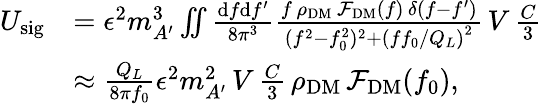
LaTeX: \begin{array}{rl}{U_{\mathrm{sig}}}&{=\epsilon^{2}m_{A^{\prime}}^{3}\iint\frac{\mathrm{d}f\mathrm{d}f^{\prime}}{8\pi^{3}}\frac{f\, \rho_{\mathrm{DM}}\, \mathcal{F}_{\mathrm{DM}}\left(f\right)\, \delta(f-f^{\prime})}{(f^{2}-f_{0}^{2})^{2}+\left(ff_{0}/Q_{L}\right)^{2}}\, V\, \frac{C}{3}}\\ &{\approx\frac{Q_{L}}{8\pi f_{0}}\epsilon^{2}m_{A^{\prime}}^{2}\, V\, \frac{C}{3}\, \rho_{\mathrm{DM}}\, \mathcal{F}_{\mathrm{DM}}(f_{0}),}\end{array}